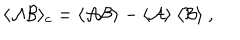
LaTeX: \langle { \cal A } { \cal B } \rangle _ { c } = \langle { \cal A } { \cal B } \rangle - \langle { \cal A } \rangle ~ \langle { \cal B } \rangle ~ ,